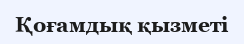
Қоғамдық қызметі